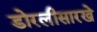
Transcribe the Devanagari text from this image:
डोरलीसारखे